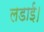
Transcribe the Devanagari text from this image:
लडाई।